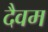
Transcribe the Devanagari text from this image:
दैवम